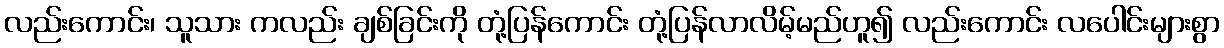
လည်းကောင်း၊ သူသား ကလည်း ချစ်ခြင်းကို တုံ့ပြန်ကောင်း တုံ့ပြန်လာလိမ့်မည်ဟူ၍ လည်းကောင်း လပေါင်းများစွာ